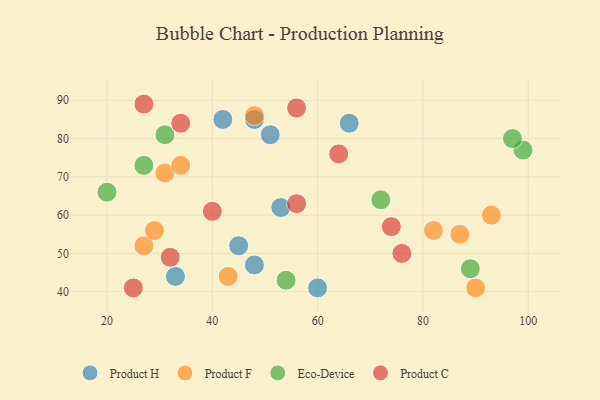
{"axis": {"x": "GDP", "y": "Life Expectancy"}, "legend": ["Eco-Device", "Product C", "Product F", "Product H"], "data": [{"x": "33", "y": 44, "type": "Product H"}, {"x": "45", "y": 52, "type": "Product H"}, {"x": "53", "y": 62, "type": "Product H"}, {"x": "60", "y": 41, "type": "Product H"}, {"x": "48", "y": 47, "type": "Product H"}, {"x": "51", "y": 81, "type": "Product H"}, {"x": "42", "y": 85, "type": "Product H"}, {"x": "48", "y": 85, "type": "Product H"}, {"x": "66", "y": 84, "type": "Product H"}, {"x": "27", "y": 52, "type": "Product F"}, {"x": "90", "y": 41, "type": "Product F"}, {"x": "29", "y": 56, "type": "Product F"}, {"x": "31", "y": 71, "type": "Product F"}, {"x": "93", "y": 60, "type": "Product F"}, {"x": "48", "y": 86, "type": "Product F"}, {"x": "34", "y": 73, "type": "Product F"}, {"x": "43", "y": 44, "type": "Product F"}, {"x": "82", "y": 56, "type": "Product F"}, {"x": "87", "y": 55, "type": "Product F"}, {"x": "89", "y": 46, "type": "Eco-Device"}, {"x": "99", "y": 77, "type": "Eco-Device"}, {"x": "27", "y": 73, "type": "Eco-Device"}, {"x": "97", "y": 80, "type": "Eco-Device"}, {"x": "72", "y": 64, "type": "Eco-Device"}, {"x": "54", "y": 43, "type": "Eco-Device"}, {"x": "31", "y": 81, "type": "Eco-Device"}, {"x": "20", "y": 66, "type": "Eco-Device"}, {"x": "32", "y": 49, "type": "Product C"}, {"x": "34", "y": 84, "type": "Product C"}, {"x": "74", "y": 57, "type": "Product C"}, {"x": "76", "y": 50, "type": "Product C"}, {"x": "64", "y": 76, "type": "Product C"}, {"x": "56", "y": 63, "type": "Product C"}, {"x": "56", "y": 88, "type": "Product C"}, {"x": "25", "y": 41, "type": "Product C"}, {"x": "40", "y": 61, "type": "Product C"}, {"x": "27", "y": 89, "type": "Product C"}]}